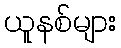
ယူနစ်များ